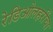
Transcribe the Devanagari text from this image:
रेडिओलहरींचा